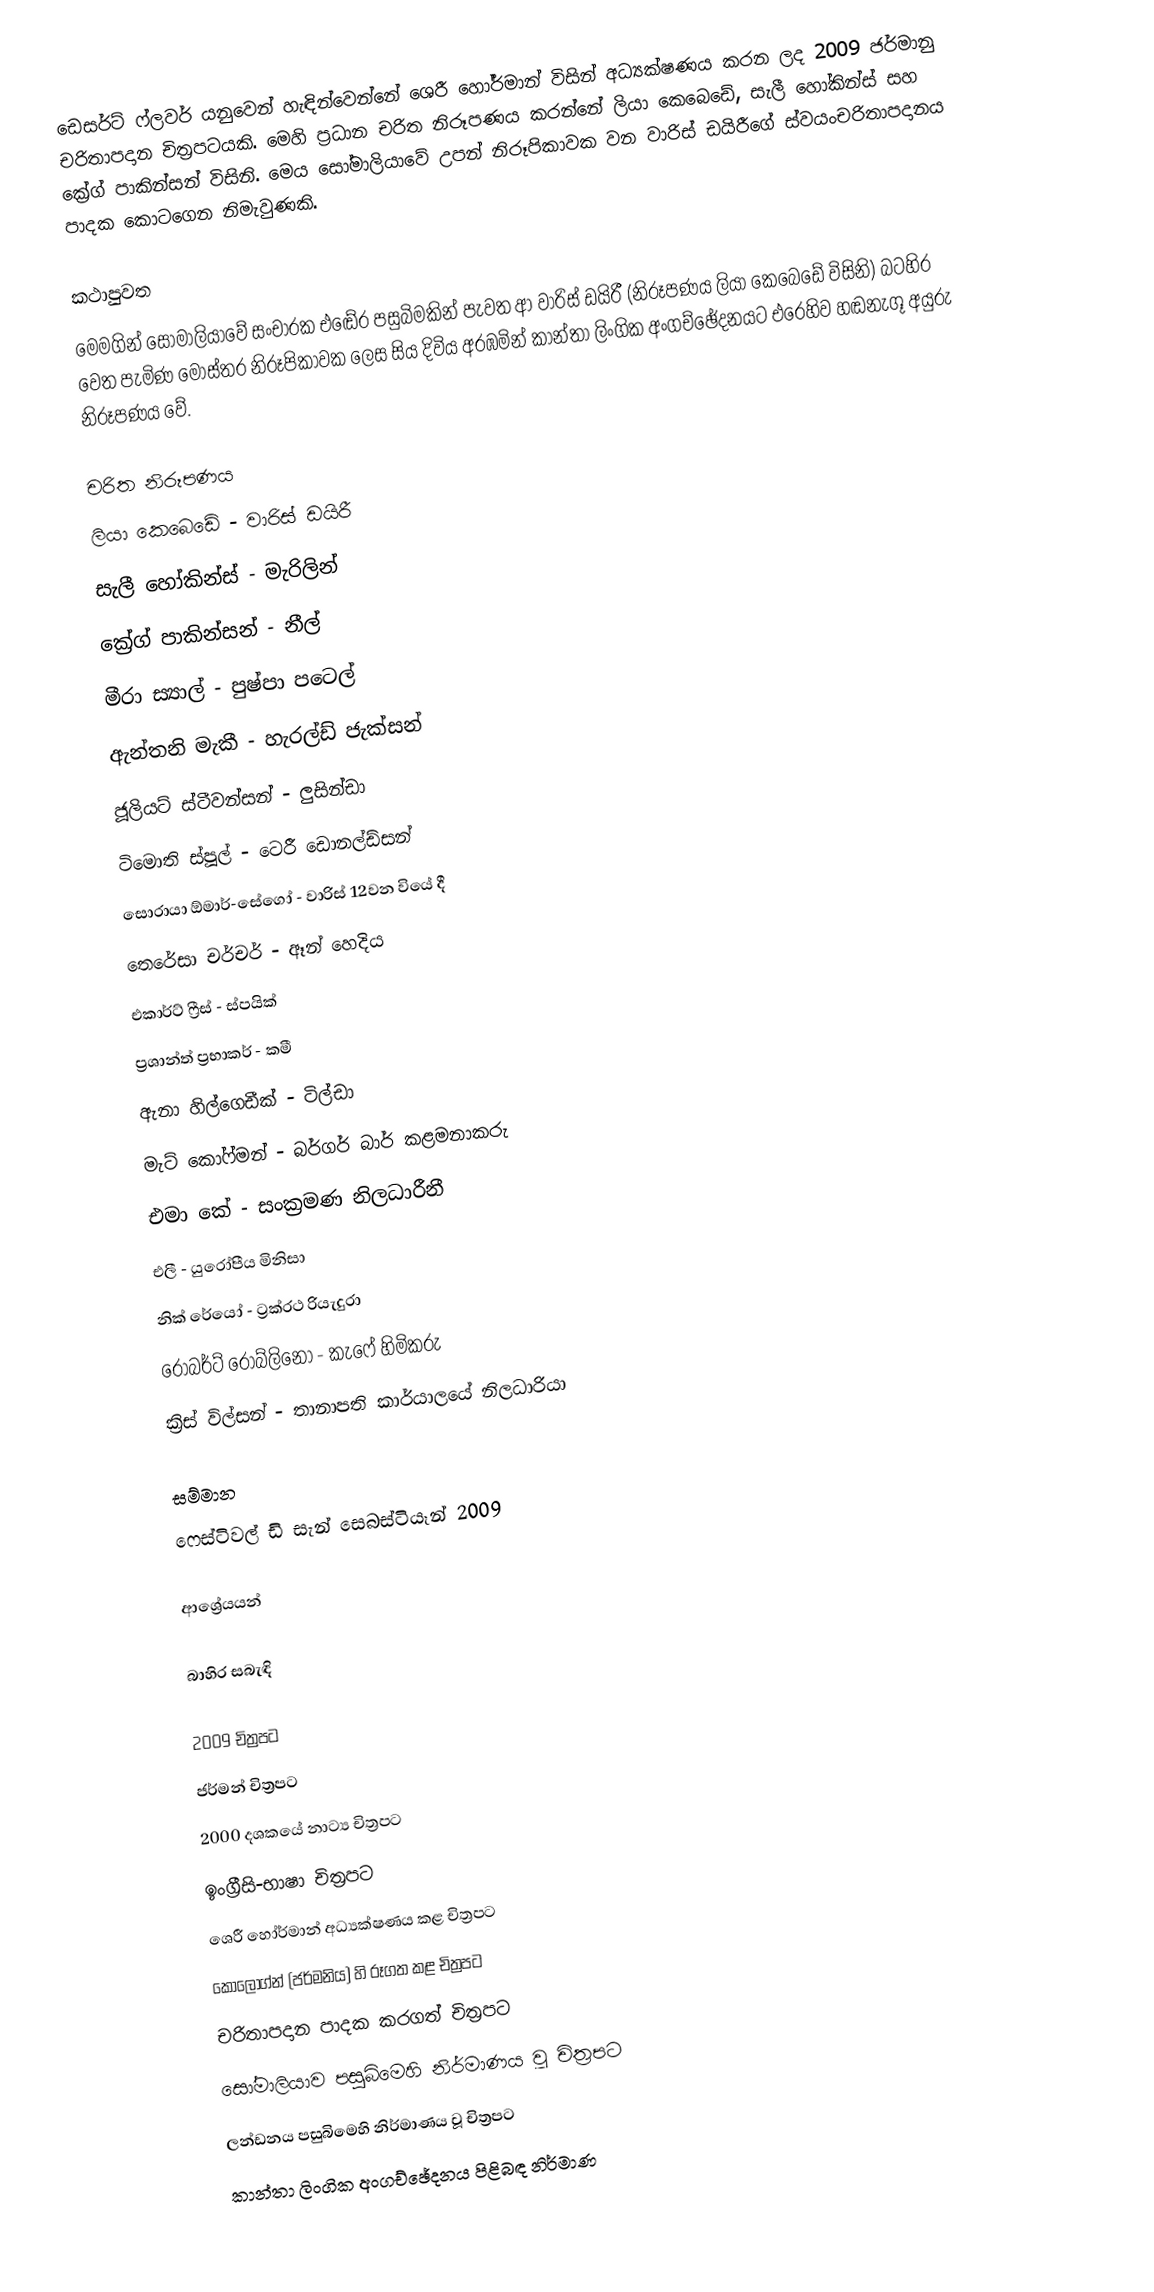
ඩෙසර්ට් ෆ්ලවර් යනුවෙන් හැඳින්වෙන්නේ ශෙරී හෝර්මාන් විසින් අධ්‍යක්ෂණය කරන ලද 2009 ජර්මානු චරිතාපදාන චිත්‍රපටයකි. මෙහි ප්‍රධාන චරිත නිරූපණය කරන්නේ ලියා කෙබෙඩේ, සැලී හෝකින්ස් සහ ක්‍රේග් පාකින්සන් විසිනි. මෙය සෝමාලියාවේ උපන් නිරූපිකාවක වන වාරිස් ඩයිරීගේ ස්වයංචරිතාපදානය පාදක කොටගෙන නිමැවුණකි.

කථාපුවත
මෙමගින් සෝමාලියාවේ සංචාරක එඬේර පසුබිමකින් පැවත ආ වාරිස් ඩයිරී (නිරූපණය ලියා කෙබෙඩේ විසිනි) බටහිර වෙත පැමිණ මෝස්තර නිරූපිකාවක ලෙස සිය දිවිය අරඹමින් කාන්තා ලිංගික අංගච්ඡේදනයට එරෙහිව හඬනැගූ අයුරු නිරූපණය වේ.

චරිත නිරූපණය
 ලියා කෙබෙඩේ - වාරිස් ඩයිරී
 සැලී හෝකින්ස් - මැරිලින්
 ක්‍රේග් පාකින්සන් - නීල්
 මීරා ස්‍යාල් - පුෂ්පා පටෙල්
 ඇන්තනි මැකී - හැරල්ඩ් ජැක්සන්
 ජූලියට් ස්ටීවන්සන් - ලුසින්ඩා
 ටිමොති ස්පූල් - ටෙරී ඩොනල්ඩ්සන්
 සොරායා ඕමාර්-සේගෝ - වාරිස් 12වන වියේ දී
 තෙරේසා චර්චර් - ඈන් හෙදිය
  එකාර්ට් ෆ්‍රීස් - ස්පයික්
 ප්‍රශාන්ත් ප්‍රභාකර් - කමී
 ඇනා හිල්ගෙඩීක් - ටිල්ඩා
 මැට් කෝෆ්මන් - බර්ගර් බාර් කළමනාකරු
 එමා කේ - සංක්‍රමණ නිලධාරීනී
 එලී - යුරෝපීය මිනිසා
 නික් රේයෝ - ට්‍රක්රථ රියැදුරා
 රොබර්ට් රොබ්ලිනෝ - කැෆේ හිමිකරු
 ක්‍රිස් විල්සන් - තානාපති කාර්යාලයේ නිලධාරියා

සම්මාන
 ෆෙස්ටිවල් ඩි සැන් සෙබස්ටියෑන් 2009

ආශ්‍රේයයන්

බාහිර සබැඳි

2009 චිත්‍රපට
ජර්මන් චිත්‍රපට
2000 දශකයේ නාට්‍ය චිත්‍රපට
ඉංග්‍රීසි-භාෂා චිත්‍රපට
ශෙරී හෝර්මාන් අධ්‍යක්ෂණය කළ චිත්‍රපට
කොලොග්න් (ජර්මනිය) හි රූගත කළ චිත්‍රපට
චරිතාපදාන පාදක කරගත් චිත්‍රපට
සෝමාලියාව පසුබිමෙහි නිර්මාණය වූ චිත්‍රපට
ලන්ඩනය පසුබිමෙහි නිර්මාණය වූ චිත්‍රපට
කාන්තා ලිංගික අංගච්ඡේදනය පිළිබඳ නිර්මාණ